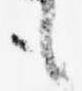
も